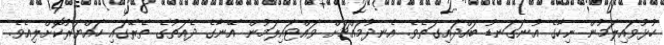
ހުޅުވައިލަމުން ނިހާގެ އުނަގަނޑު ބައްދައިގަތެވެ. އެނދުމައްޗަށް ވައްޓައިލަމުން އޭނާގެ ދެއަތުގެ ތެރޭގައި ހައްޔަރުކޮށްލިއެވެ.